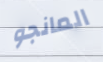
المانجو